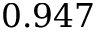
0 . 9 4 7